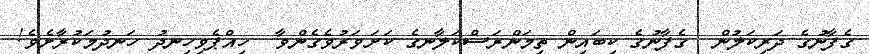
ގެފާނުގެ ދަރިކަލުން  ގެފާނުގެ ކިބައިން ތިމަންރަސްކަލާނގެ ކަށަވަރުވެގެންވާ  ހިއްޕެވިހިނދު ހަނދުމަކުރާށެވެ!